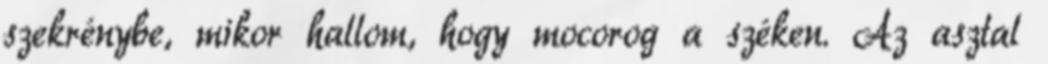
szekrénybe, mikor hallom, hogy mocorog a széken. Az asztal